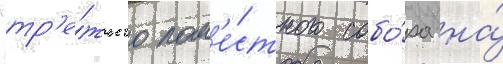
"тр'е́тьего пом'е́стного собо́ра на́